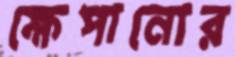
ক্ষেপানোর